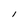
Character: l